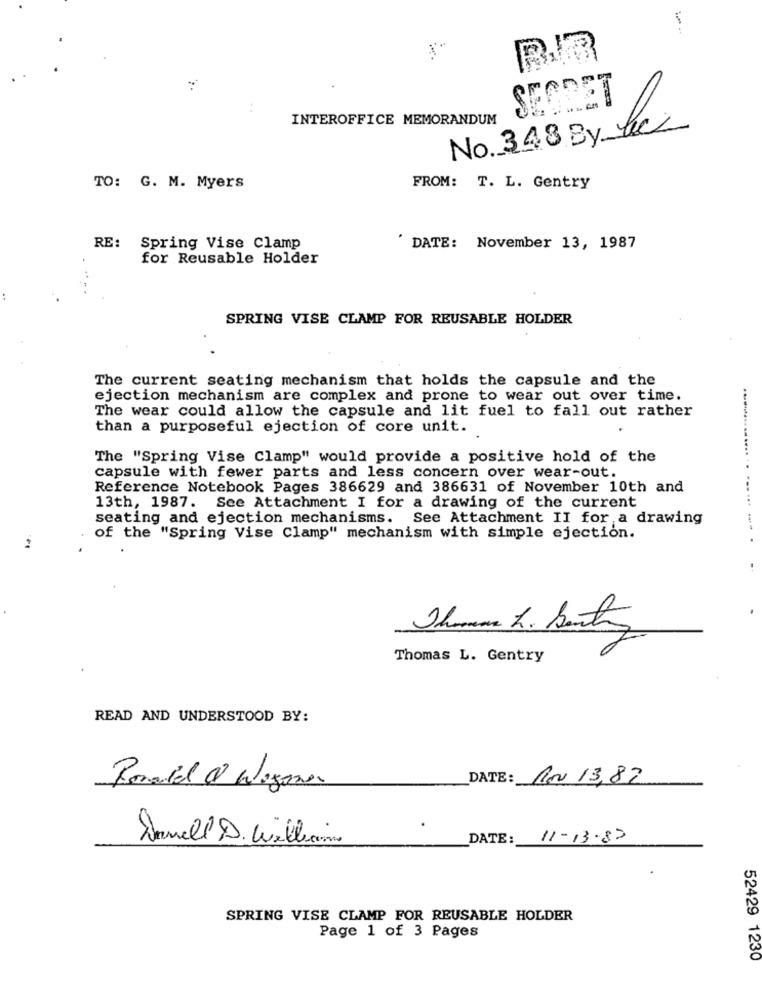
SEGRET
INTEROFFICE MEMORANDUM
No. 348 By Le
TO: G. M. Myers
FROM: T. L. Gentry
RE: Spring Vise Clamp
' DATE: November 13, 1987
for Reusable Holder
SPRING VISE CLAMP FOR REUSABLE HOLDER
The current seating mechanism that holds the capsule and the
ejection mechanism are complex and prone to wear out over time.
The wear could allow the capsule and lit fuel to fall out rather
than a purposeful ejection of core unit.
The "Spring Vise Clamp" would provide a positive hold of the
capsule with fewer parts and less concern over wear-out.
Reference Notebook Pages 386629 and 386631 of November 10th and
13th, 1987. See Attachment I for a drawing of the current
seating and ejection mechanisms. See Attachment II for a drawing
of the "Spring Vise Clamp" mechanism with simple ejection.
................ .. ... ... .. .
2
Jhomme L. Barton
Thomas L. Gentry
READ AND UNDERSTOOD BY:
DATE: RN 13,82
Ronald & Wegner
DATE:
11-13-82
SPRING VISE CLAMP FOR REUSABLE HOLDER
Page 1 of 3 Pages
52429 1230